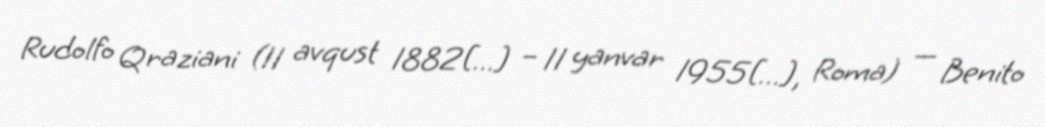
Rudolfo Qraziani (11 avqust 1882[…] – 11 yanvar 1955[…], Roma) — Benito